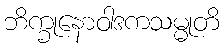
ဘိက္ခုနောဝါဒကသမ္မုတိ